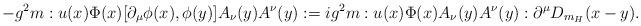
LaTeX: \begin{align*}-g^2 m :u(x)\Phi(x)[\partial_\mu \phi(x),\phi(y)]A_\nu(y)A^\nu(y):=ig^2m:u(x)\Phi(x)A_\nu(y)A^\nu(y):\partial^\mu D_{m_H} (x-y).\end{align*}